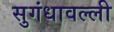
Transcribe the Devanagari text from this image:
सुगंधावल्ली